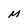
Character: M